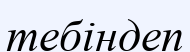
тебіндеп